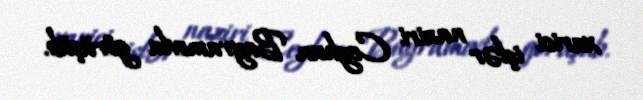
xarici işlər naziri Ceyhun Bayramovla görüşüb.